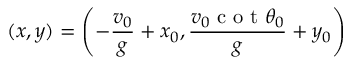
( x , y ) = \left( - \frac { v _ { 0 } } { g } + x _ { 0 } , \frac { v _ { 0 } \textrm { c o t } \theta _ { 0 } } { g } + y _ { 0 } \right)